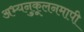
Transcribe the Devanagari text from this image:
अभ्यनुकूलनमापी